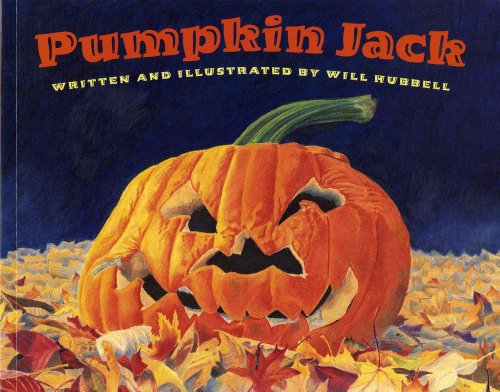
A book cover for Pumpkin Jack; Will Hubbell; Children's Books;